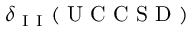
\delta _ { \mathrm { ~ I ~ I ~ } } ( \mathrm { ~ U ~ C ~ C ~ S ~ D ~ } )